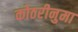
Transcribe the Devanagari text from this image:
कोठरीनुमा